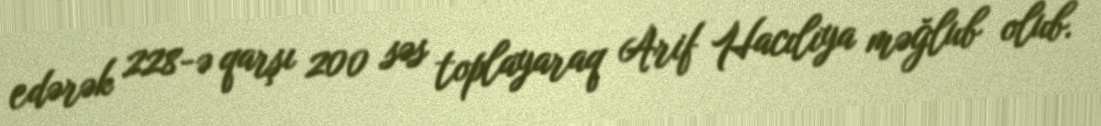
edərək 228-ə qarşı 200 səs toplayaraq Arif Hacılıya məğlub olub.